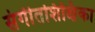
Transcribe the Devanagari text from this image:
संगीतशिक्षिका